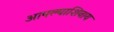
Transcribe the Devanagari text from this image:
आपल्याशिवाय